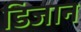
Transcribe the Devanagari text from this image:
डिजान